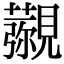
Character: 𧢖